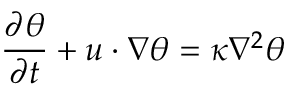
\frac { \partial \theta } { \partial t } + u \cdot \nabla \theta = \kappa \nabla ^ { 2 } \theta